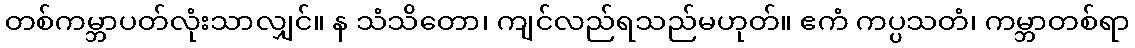
တစ်ကမ္ဘာပတ်လုံးသာလျှင်။ န သံသိတော၊ ကျင်လည်ရသည်မဟုတ်။ ဧကံ ကပ္ပသတံ၊ ကမ္ဘာတစ်ရာ